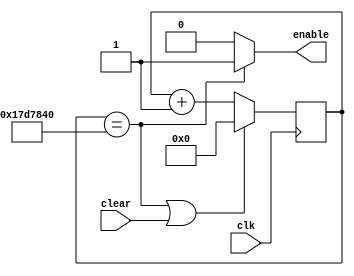
`timescale 1ns/1ps

module timer_dir(
    input clk, clear,
    output enable
    );
    
    parameter [24:0] MAX_COUNT = 25'd25_000_000;
    reg [24:0] count, count_next;

    always @(posedge clk) begin
        count <= count_next;
    end

    always @(count, clear) begin
        if (count == MAX_COUNT || clear) count_next = 0;
        else count_next = count + 1;
    end

    assign enable = count == MAX_COUNT ? 1 : 0;

endmodule